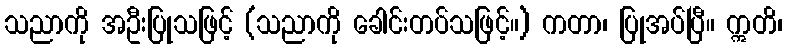
သညာကို အဦးပြုသဖြင့် (သညာကို ခေါင်းတပ်သဖြင့်။) ကတာ၊ ပြုအပ်ပြီ။ ဣတိ၊